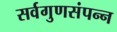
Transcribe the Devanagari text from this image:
सर्वगुणसंपन्‍न